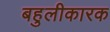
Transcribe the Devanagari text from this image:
बहुलीकारक